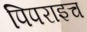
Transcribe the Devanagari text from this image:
पिपराइच